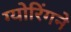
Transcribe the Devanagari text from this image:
ग्योरिंगने